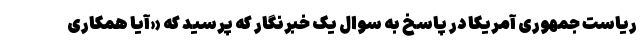
ریاست جمهوری آمریکا در پاسخ به سوال یک خبرنگار که پرسید که «آیا همکاری